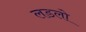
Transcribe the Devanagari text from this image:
लडलो